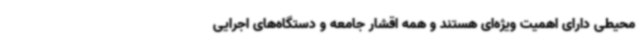
‌محیطی دارای اهمیت ویژه‌ای هستند و همه اقشار جامعه و دستگاه‌های اجرایی